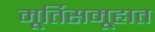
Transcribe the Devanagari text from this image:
मूर्तिसमूहात